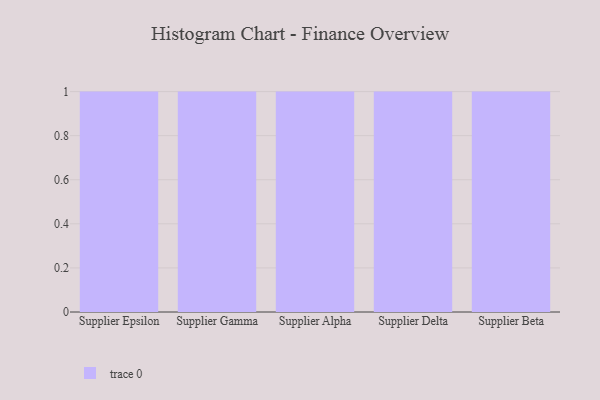
{"axis": {"x": "Supplier", "y": "Waste Production (Tons)"}, "legend": [""], "data": [{"x": "Supplier Epsilon", "y": 7, "type": ""}, {"x": "Supplier Gamma", "y": 69, "type": ""}, {"x": "Supplier Alpha", "y": 2, "type": ""}, {"x": "Supplier Delta", "y": 30, "type": ""}, {"x": "Supplier Beta", "y": 76, "type": ""}]}